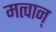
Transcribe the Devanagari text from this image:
मत्वान्